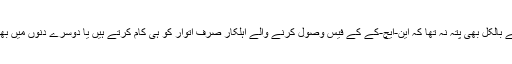
اسے بالکل بھی پتہ نہ تھا کہ این-ایچ-کے کے فیس وصول کرنے والے اہلکار صرف اتوار کو ہی کام کرتے ہیں یا دوسرے دنوں میں بھی؟